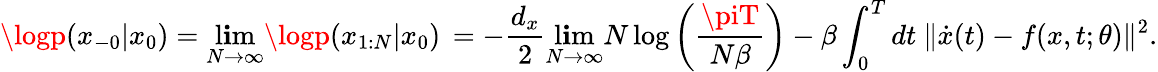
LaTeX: \logp(x_{-0}|x_{0})=\operatorname*{l\mathbf{i}m}_{N\to\infty}\logp(x_{1:N}|x_{0})\, =-\frac{{d_{x}}}{{2}}\operatorname*{l\mathbf{i}m}_{N\to\infty}N\log\left(\frac{{\piT}}{{N\beta}}\right)-\beta\int_{0}^{T}dt\ \lVert\dot{{x}}(t)-f(x,t;\theta)\lVert^{2}.